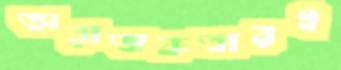
অরাজকতারই